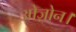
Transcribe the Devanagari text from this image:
ओज़ोन।